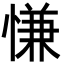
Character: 慊